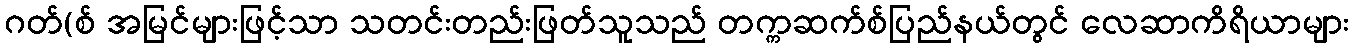
ဂတ်(စ် အမြင်များဖြင့်သာ သတင်းတည်းဖြတ်သူသည် တက္ကဆက်စ်ပြည်နယ်တွင် လေဆာကိရိယာများ